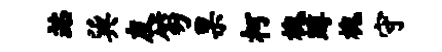
站巽友笏果柯槐蹲槐守